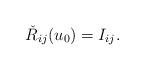
LaTeX: \begin{align*} \check{R}_{ij}(u_0)= I_{ij}.\end{align*}